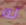
له